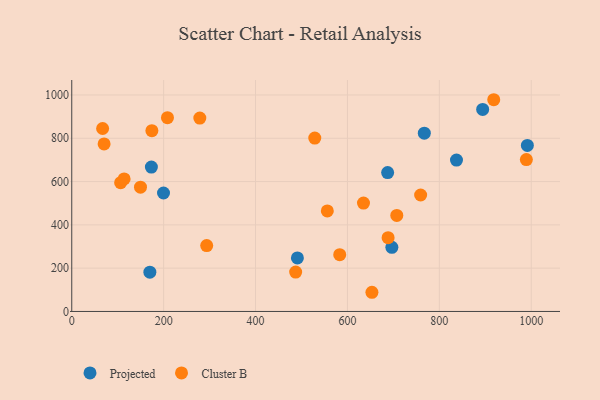
{"axis": {"x": "Price", "y": "Yield"}, "legend": ["Cluster B", "Projected"], "data": [{"x": "491.1", "y": 247.1, "type": "Projected"}, {"x": "894.3", "y": 933.1, "type": "Projected"}, {"x": "199.7", "y": 547.1, "type": "Projected"}, {"x": "837.3", "y": 699.4, "type": "Projected"}, {"x": "991.6", "y": 767.0, "type": "Projected"}, {"x": "173.3", "y": 667.1, "type": "Projected"}, {"x": "687.5", "y": 641.4, "type": "Projected"}, {"x": "696.7", "y": 296.3, "type": "Projected"}, {"x": "170.0", "y": 181.4, "type": "Projected"}, {"x": "767.3", "y": 823.5, "type": "Projected"}, {"x": "106.4", "y": 594.7, "type": "Cluster B"}, {"x": "70.4", "y": 773.7, "type": "Cluster B"}, {"x": "707.4", "y": 443.6, "type": "Cluster B"}, {"x": "293.7", "y": 304.5, "type": "Cluster B"}, {"x": "989.4", "y": 701.5, "type": "Cluster B"}, {"x": "918.4", "y": 978.0, "type": "Cluster B"}, {"x": "634.9", "y": 500.5, "type": "Cluster B"}, {"x": "556.2", "y": 464.5, "type": "Cluster B"}, {"x": "149.6", "y": 574.2, "type": "Cluster B"}, {"x": "688.5", "y": 340.7, "type": "Cluster B"}, {"x": "528.9", "y": 801.0, "type": "Cluster B"}, {"x": "487.3", "y": 182.1, "type": "Cluster B"}, {"x": "114.0", "y": 612.4, "type": "Cluster B"}, {"x": "174.4", "y": 835.0, "type": "Cluster B"}, {"x": "208.3", "y": 895.3, "type": "Cluster B"}, {"x": "278.7", "y": 893.3, "type": "Cluster B"}, {"x": "653.3", "y": 88.6, "type": "Cluster B"}, {"x": "583.2", "y": 262.5, "type": "Cluster B"}, {"x": "759.3", "y": 537.9, "type": "Cluster B"}, {"x": "67.2", "y": 845.2, "type": "Cluster B"}]}